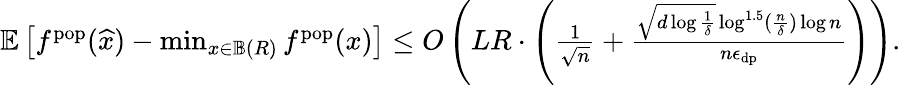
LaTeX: \begin{array}{r}{\mathbb{E}\left[f^{\textup{pop}}(\widehat{x})-\operatorname*{min}_{x\in\mathbb{B}(R)}f^{\textup{pop}}(x)\right]\le O\left(LR\cdot\left(\frac{1}{\sqrt{n}}+\frac{\sqrt{d\log\frac 1\delta}\log^{1.5}(\frac n\delta)\log n}{n\epsilon_{\textup{dp}}}\right)\right).}\end{array}